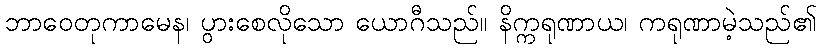
ဘာဝေတုကာမေန၊ ပွားစေလိုသော ယောဂီသည်။ နိက္ကရုဏာယ၊ ကရုဏာမဲ့သည်၏